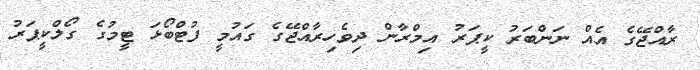
ރާއްޖޭގެ އެއް ނަންބަރު ކީޕަރު އިމްރާން ދިވެހިރާއްޖޭގެ ގައުމީ ފުޓްބޯޅަ ޓީމުގެ ގޯލްކީޕަރު